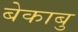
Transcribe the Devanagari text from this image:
बेकाबु